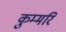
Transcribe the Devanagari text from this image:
कुम्मरि